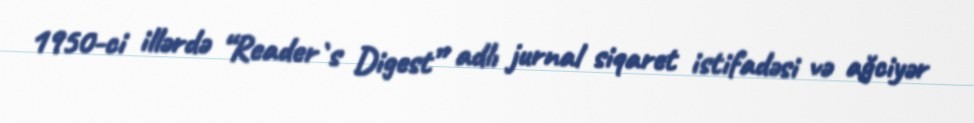
1950-ci illərdə “Reader`s Digest” adlı jurnal siqaret istifadəsi və ağciyər